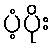
ပံ့ပိုး